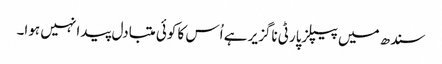
سندھ میں پیپلزپارٹی ناگزیر ہے اُس کا کوئی متبادل پیدا نہیں ہوا۔